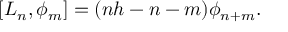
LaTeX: [ L _ { n } , \phi _ { m } ] = ( n h - n - m ) \phi _ { n + m } .